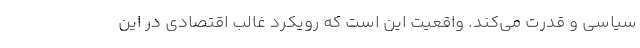
سیاسی و قدرت می‌کند. واقعیت این است که رویکرد غالب اقتصادی در این